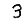
Digit: 3